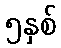
၅နှစ်